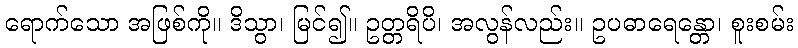
ရောက်သော အဖြစ်ကို။ ဒိသွာ၊ မြင်၍။ ဥတ္တရိပိ၊ အလွန်လည်း။ ဥပဓာရေန္တော၊ စူးစမ်း